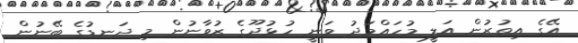
އޭގެ އިތުރުން އަލީ މުހައްމަދު ވަނީ ހުޅުދޫގެ ޒުވާނުން މި ދަނޑުގެ ބޭނުން